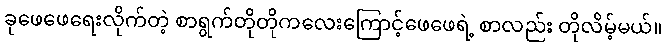
ခုဖေဖေရေးလိုက်တဲ့ စာရွက်တိုတိုကလေးကြောင့်ဖေဖေရဲ့ စာလည်း တိုလိမ့်မယ်။